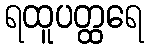
ရထူပတ္ထရေ